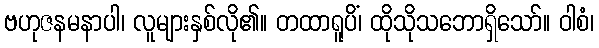
ဗဟုဇနမနာပါ၊ လူများနှစ်လို၏။ တထာရူပိံ၊ ထိုသိုသဘောရှိသော်။ ဝါစံ၊